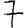
Digit: 7